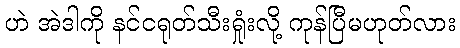
ဟဲ အဲဒါကို နင်ငရုတ်သီးရှုံးလို့ ကုန်ပြီမဟုတ်လား